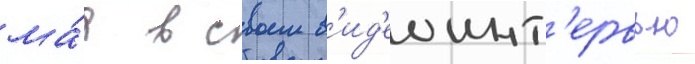
ма́я в своем в'ид'еоинт'ервью